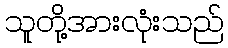
သူတို့အားလုံးသည်